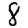
Digit: 8